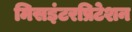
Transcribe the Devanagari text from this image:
मिसइंटरप्रिटेशन